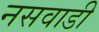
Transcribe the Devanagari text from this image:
नसवाडी